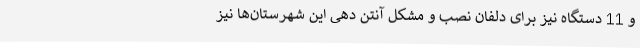
و 11 دستگاه نیز برای دلفان نصب و مشکل آنتن دهی این شهرستان‌ها نیز